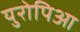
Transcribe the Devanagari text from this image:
युरोपिआ